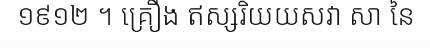
១៩១២ ។ គ្រឿង ឥស្សរិយយសវា សា នៃ